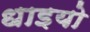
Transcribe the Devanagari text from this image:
धाइयो